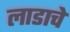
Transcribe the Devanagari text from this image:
लाडाचे